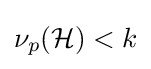
\nu _{p}({\mathcal {H}})<k